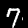
Label: 7